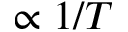
\propto 1 / T